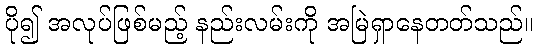
ပို၍ အလုပ်ဖြစ်မည့် နည်းလမ်းကို အမြဲရှာနေတတ်သည်။